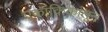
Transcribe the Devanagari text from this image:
एकांकिकांतून